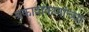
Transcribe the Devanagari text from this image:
प्रकाशकणांच्या